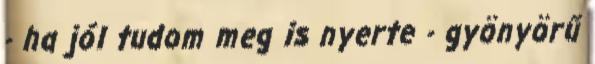
- ha jól tudom meg is nyerte - gyönyörű